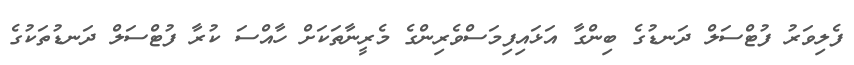
ފެލިވަރު ފުޓްސަލް ދަނޑުގެ ބިންގާ އަޅައިފިމަސްވެރިންގެ މެރީނާތަކަށް ހާއްސަ ކުރާ ފުޓްސަލް ދަނޑުތަކުގެ